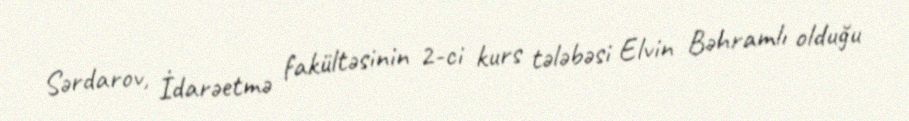
Sərdarov, İdarəetmə fakültəsinin 2-ci kurs tələbəsi Elvin Bəhramlı olduğu